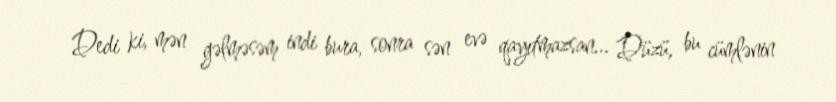
Dedi ki, mən gəlməsəm indi bura, sonra sən evə qayıtmazsan... Düzü, bu cümlənin